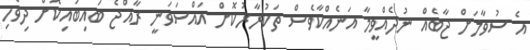
އެ ސުވާލަށް ޖާބެއް ނުދެއްވީމާ އަނެއްކާވެސް ތަކުރާރުކޮށް އައްސަވަނީ ރާއްޖެ ބައިބައިކޮށް ދިވެހި